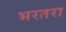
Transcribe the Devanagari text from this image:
भरतरा